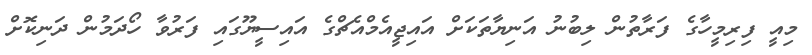
މިއީ ފިރިމީހާގެ ފަރާތުން ލިބުނު އަނިޔާތަކަށް އައިޖީއެމްއެޗްގެ އައިސީޔޫގައި ފަރުވާ ހޯދަމުން ދަނިކޮށް